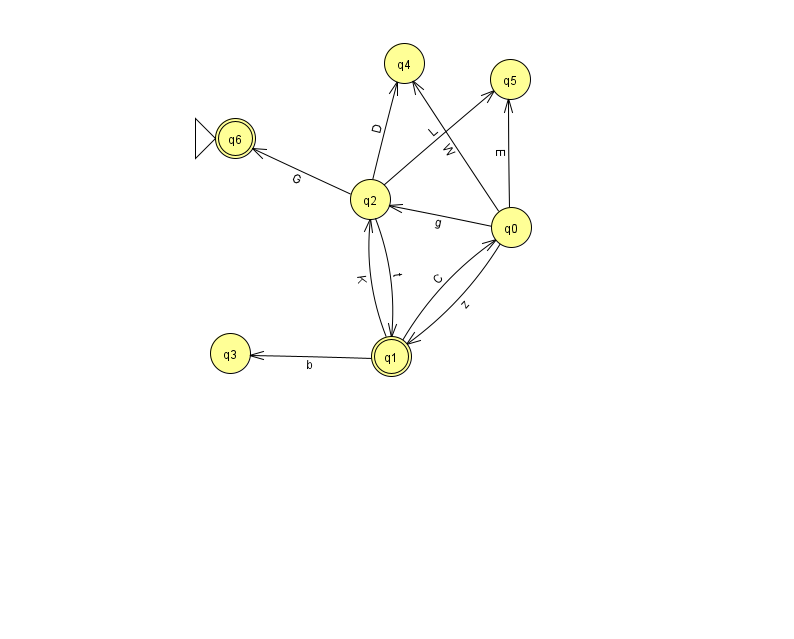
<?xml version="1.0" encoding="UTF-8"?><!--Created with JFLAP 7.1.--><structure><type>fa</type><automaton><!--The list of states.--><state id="0" name="q0"><x>511.0</x><y>214.0</y></state><state id="1" name="q1"><x>391.0</x><y>343.0</y><final/></state><state id="2" name="q2"><x>370.0</x><y>186.0</y></state><state id="3" name="q3"><x>230.0</x><y>340.0</y></state><state id="4" name="q4"><x>404.0</x><y>50.0</y></state><state id="5" name="q5"><x>510.0</x><y>66.0</y></state><state id="6" name="q6"><x>235.0</x><y>125.0</y><initial/><final/></state><!--The list of transitions.--><transition><from>1</from><to>0</to><read>C</read></transition><transition><from>2</from><to>4</to><read>D</read></transition><transition><from>0</from><to>4</to><read>W</read></transition><transition><from>2</from><to>6</to><read>G</read></transition><transition><from>1</from><to>3</to><read>b</read></transition><transition><from>0</from><to>2</to><read>g</read></transition><transition><from>0</from><to>5</to><read>E</read></transition><transition><from>2</from><to>1</to><read>t</read></transition><transition><from>0</from><to>1</to><read>z</read></transition><transition><from>1</from><to>2</to><read>K</read></transition><transition><from>2</from><to>5</to><read>L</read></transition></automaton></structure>